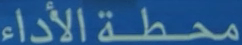
محطة الأداء